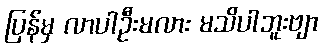
ပြန်မှ လာပါဦးမလား မသိပါဘူးဗျာ